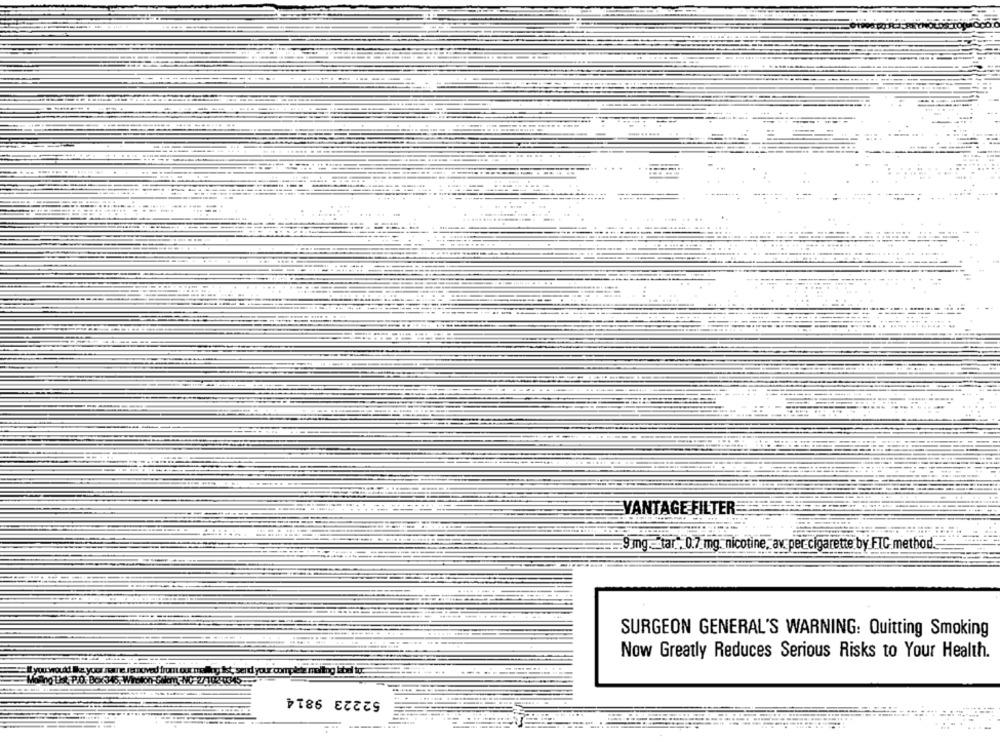
VANTAGE FILTER
9 mg. tar . 0.7 mg. nicotine, av. per cigarette by FIC method.
SURGEON GENERAL'S WARNING: Quitting Smoking
Now Greatly Reduces Serious Risks to Your Health.
forno that P.O. Box 345, Wroton
52223 9814
---